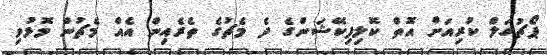
ޕޯޗުގަލް ކުރިއަށް އޮތް ކޮލިފިކޭޝަންގެ ދެ މެޗުގެ ތެރެއިން އެއް މެޗުން މޮޅުވި